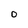
Character: 0